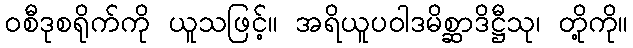
ဝစီဒုစရိုက်ကို ယူသဖြင့်။ အရိယူပဝါဒမိစ္ဆာဒိဋ္ဌီသု၊ တို့ကို။